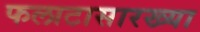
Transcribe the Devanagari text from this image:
फलाटासारख्या